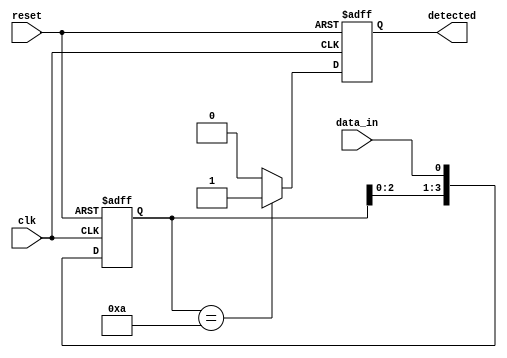
module pattern_detector #(
    parameter PATTERN_LENGTH = 4, // Length of the pattern
    parameter DATA_WIDTH = 1       // Width of the input data (1 bit for serial)
)(
    input wire clk,                // Clock signal
    input wire reset,              // Reset signal
    input wire data_in,            // Input data stream
    output reg detected            // Output signal indicating pattern detection
);

    // Pattern register (predefined pattern to detect)
    reg [PATTERN_LENGTH-1:0] pattern_reg = 4'b1010; // Example pattern
    reg [PATTERN_LENGTH-1:0] shift_reg;              // Shift register

    // Sequential logic for shift register and detection
    always @(posedge clk or posedge reset) begin
        if (reset) begin
            shift_reg <= 0; // Reset shift register
            detected <= 0;  // Reset detected signal
        end else begin
            // Shift the incoming data into the shift register
            shift_reg <= {shift_reg[PATTERN_LENGTH-2:0], data_in};

            // Compare shift register with pattern register
            if (shift_reg == pattern_reg) begin
                detected <= 1; // Pattern detected
            end else begin
                detected <= 0; // No pattern detected
            end
        end
    end

endmodule